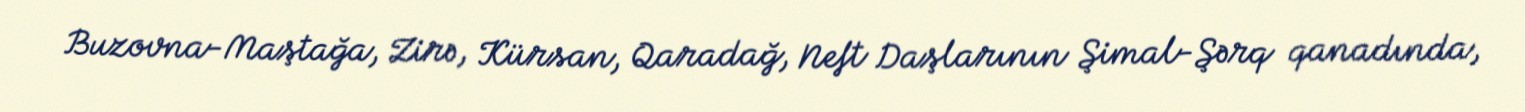
Buzovna-Maştağa, Zirə, Kürsan, Qaradağ, Neft Daşlarının Şimal-Şərq qanadında,